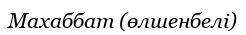
Махаббат (өлшенбелі)